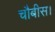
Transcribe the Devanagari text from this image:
चौबीस।